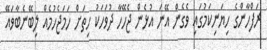
ރަފްހާންގެ ހިޔަނިކަމުގައި ވެގެން އޭނަ އުޅެން ޖެހޭހާ ދުވަހަކު ހިތަށް ހަމަޖެހުމެއް ލިބޭނެބާވައޭ